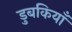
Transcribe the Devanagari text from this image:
डुबकियाँ